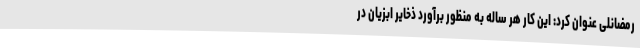
رمضانلی عنوان کرد: این کار هر ساله به منظور برآورد ذخایر ابزیان در